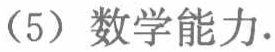
（5）数学能力.